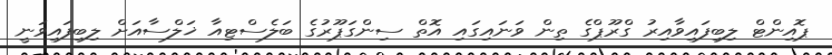
ޕޮއިންޓް ލިބިފައިވާއިރު ގްރޫޕްގެ ތިން ވަނައިގައި އޮތް ސިންގަޕޫރުގެ ބަލެސްޓިއާ ޚަލްސާއަށް ލިބިފައިވަނީ